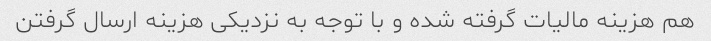
هم هزینه مالیات گرفته شده و با توجه به نزدیکی هزینه ارسال گرفتن